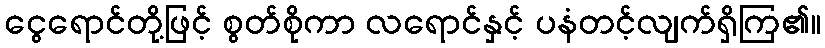
ငွေရောင်တို့ဖြင့် စွတ်စိုကာ လရောင်နှင့် ပနံတင့်လျက်ရှိကြ၏။